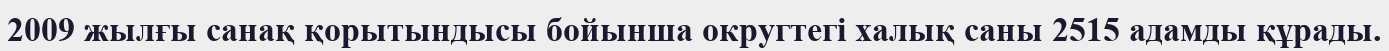
2009 жылғы санақ қорытындысы бойынша округтегі халық саны 2515 адамды құрады.